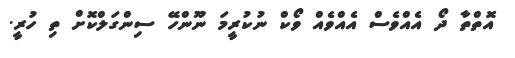
އޮތްތާ ދޯ އެއްވެސް އެއްވެއް ވޯކް ނުކުރީމަ ނޫންހޭ ސިންގަލްކޮށް ތި ހުރީ.